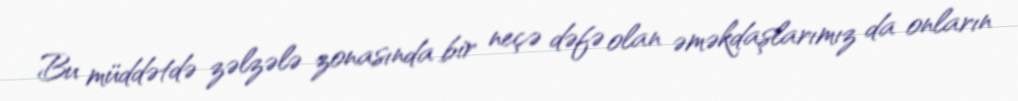
Bu müddətdə zəlzələ zonasında bir neçə dəfə olan əməkdaşlarımız da onların